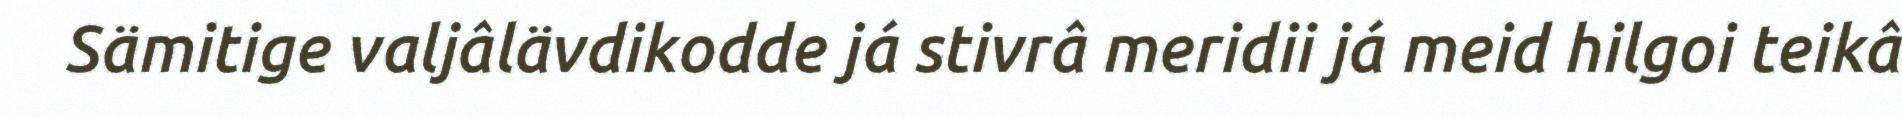
Sämitige valjâlävdikodde já stivrâ meridii já meid hilgoi teikâ